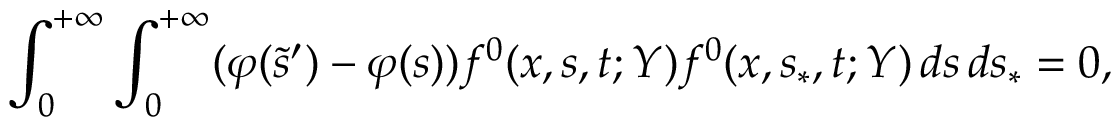
\int _ { 0 } ^ { + \infty } \int _ { 0 } ^ { + \infty } ( \varphi ( \tilde { s } ^ { \prime } ) - \varphi ( s ) ) f ^ { 0 } ( x , s , t ; Y ) f ^ { 0 } ( x , s _ { \ast } , t ; Y ) \, d s \, d s _ { \ast } = 0 ,